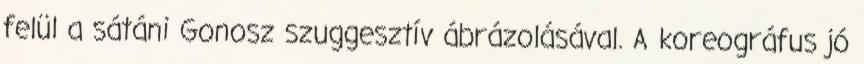
felül a sátáni Gonosz szuggesztív ábrázolásával. A koreográfus jó